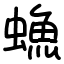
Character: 䗨